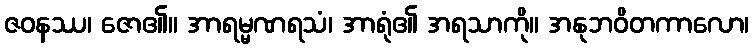
ဇဝနဿ၊ ဇော၏။ အာရမ္မဏရသံ၊ အာရုံ၏ အရသာကို။ အနုဘဝိတကာလော၊